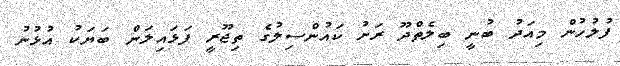
ފުލުހުން މިއަދު ބުނީ ބިލެތްދޫ ރަށު ކައުންސިލުގެ ތިޖޫރީ ފަޅައިލަން ބަޔަކު އުޅުނު